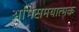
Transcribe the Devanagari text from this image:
अभिसमयात्मक